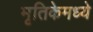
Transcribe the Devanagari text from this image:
मृतिकेमध्ये